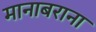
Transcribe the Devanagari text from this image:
मानाबराना